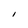
Character: I